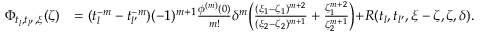
\begin{array} { r l } { \Phi _ { t _ { l } , t _ { l ^ { \prime } } , \xi } ( \zeta ) } & { = ( t _ { l } ^ { - m } - t _ { l ^ { \prime } } ^ { - m } ) ( - 1 ) ^ { m + 1 } \frac { { \phi } ^ { ( m ) } ( 0 ) } { m ! } \delta ^ { m } \biggl ( \frac { ( \xi _ { 1 } - \zeta _ { 1 } ) ^ { m + 2 } } { ( \xi _ { 2 } - \zeta _ { 2 } ) ^ { m + 1 } } + \frac { \zeta _ { 1 } ^ { m + 2 } } { \zeta _ { 2 } ^ { m + 1 } } \biggl ) + R ( t _ { l } , t _ { l ^ { \prime } } , \xi - \zeta , \zeta , \delta ) . } \end{array}